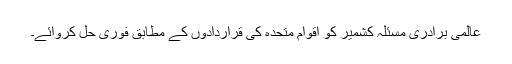
عالمی برادری مسئلہ کشمیر کو اقوام متحدہ کی قراردادوں کے مطابق فوری حل کروائے۔